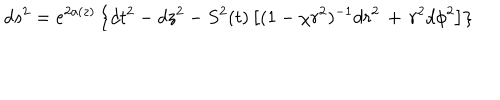
d s ^ { 2 } = e ^ { 2 a ( z ) } \left\{ d t ^ { 2 } - d z ^ { 2 } - S ^ { 2 } ( t ) \left[ ( 1 - { \chi } r ^ { 2 } ) ^ { - 1 } d r ^ { 2 } \, + \, r ^ { 2 } d { \phi } ^ { 2 } \right] \right\}